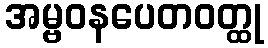
အမ္ဗဝနပေတဝတ္ထု